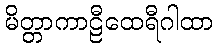
မိတ္တာကာဠီထေရီဂါထာ